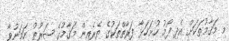
މި މަޤާމުތަކަށް އެދި ފޯމު ހުށަހަޅާ ފަރާތްތަކުގެ ތެރެއިން މަޤާމުގެ ޝަރުޠު ހަމަނުވާ